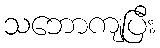
သဘောကျပြီး